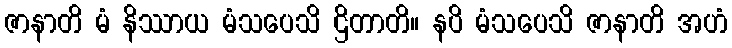
ဇာနာတိ မံ နိဿာယ မံသပေသိ ဌိတာတိ။ နပိ မံသပေသိ ဇာနာတိ အဟံ